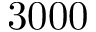
3 0 0 0